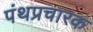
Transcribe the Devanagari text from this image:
पंथप्रचारक